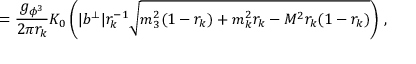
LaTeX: = \frac { g _ { \phi ^ { 3 } } } { 2 \pi r _ { k } } K _ { 0 } \left( | b ^ { \perp } | r _ { k } ^ { - 1 } \sqrt { m _ { 3 } ^ { 2 } ( 1 - r _ { k } ) + m _ { k } ^ { 2 } r _ { k } - M ^ { 2 } r _ { k } ( 1 - r _ { k } ) } \right) \, ,